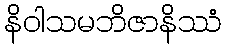
နိဝါသမဘိဇာနိဿံ